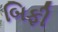
બિફી